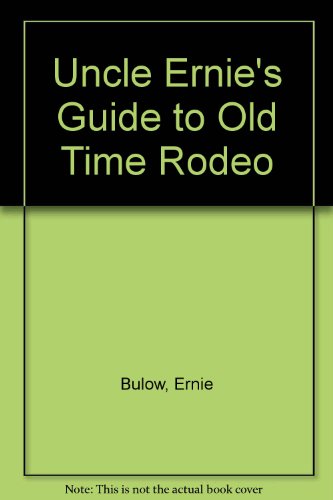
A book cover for Uncle Ernie's Guide to Old Time Rodeo; Ernie Bulow; Sports & Outdoors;